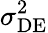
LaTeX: \sigma_{\mathrm{DE}}^{2}